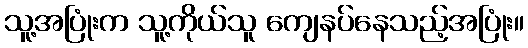
သူ့အပြုံးက သူ့ကိုယ်သူ ကျေနပ်နေသည့်အပြုံး။